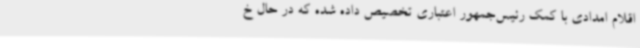
اقلام امدادی با کمک رئیس‌جمهور اعتباری تخصیص داده شده که در حال خ